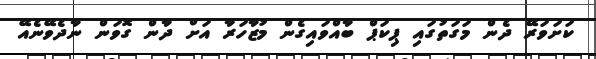
ކަށަވަރޭ ދެން މަގަތުގައި ޕިކަޕް ބާއްވައިގެން މުޒާހަރާ އަށް ދާން ގޮވަން ނާދެވޭނެއޭ